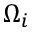
\Omega _ { i }